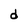
Character: d